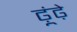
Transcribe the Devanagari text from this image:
ढ़ूंढ़े